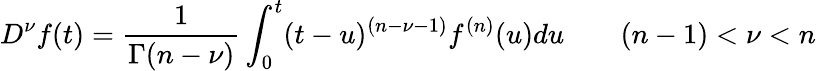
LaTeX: {}D^{\nu}f(t)={\frac{1}{\Gamma(n-\nu)}}\int_{0}^{t}(t-u)^{(n-\nu-1)}f^{(n)}(u)du\qquad(n-1)<\nu<n